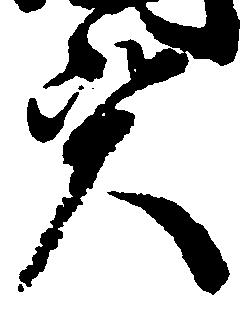
資